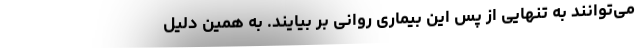
می‌توانند به تنهایی از پس این بیماری روانی بر بیایند. به همین دلیل